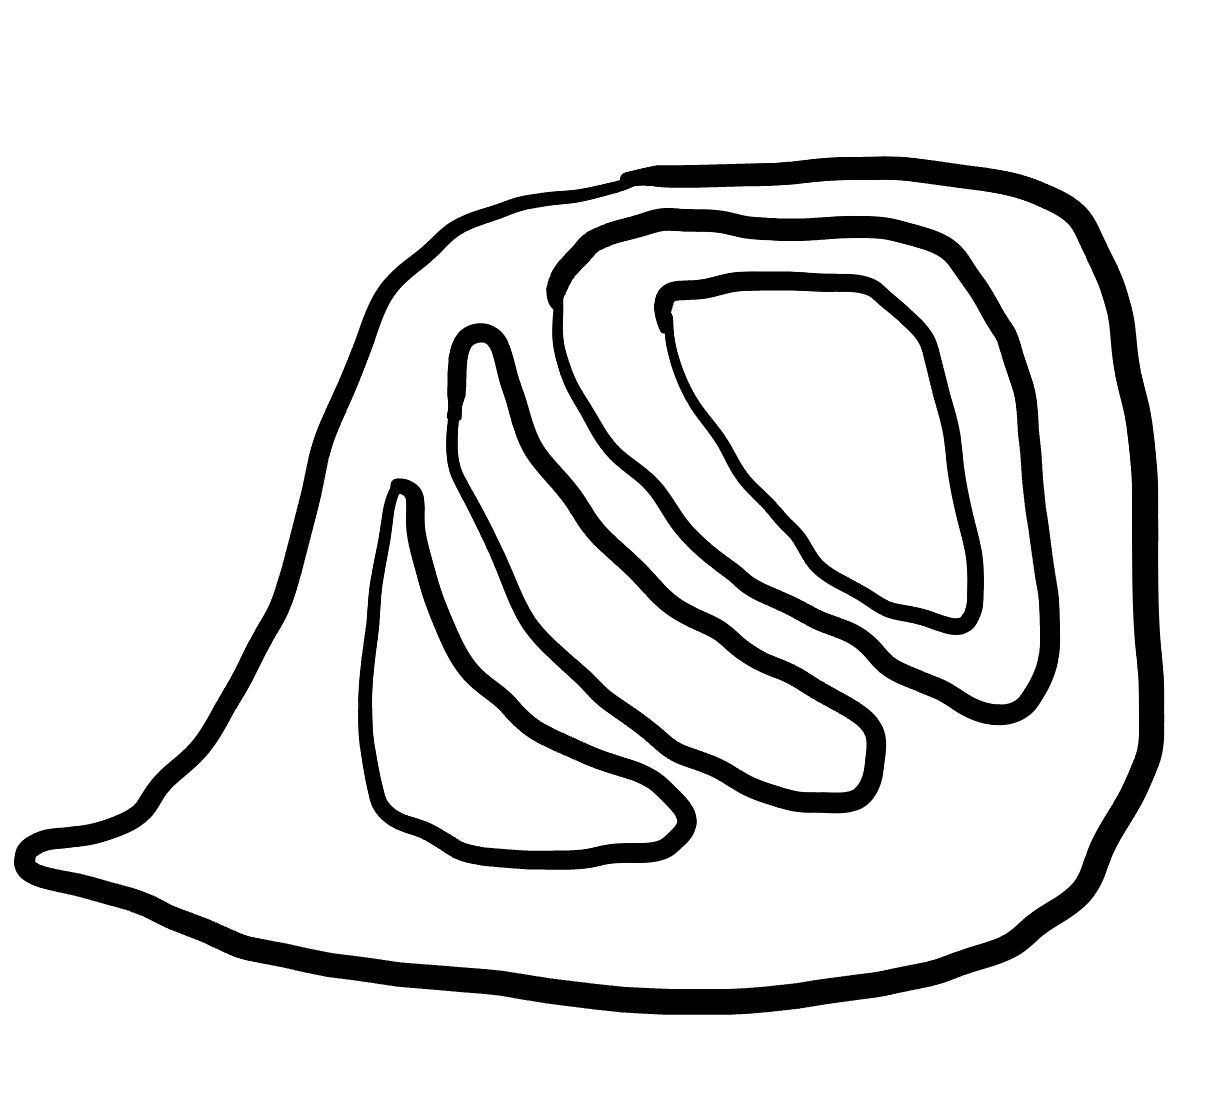
Number of regions (including the outer root region): 6
Containment tree edges (parent, child): 0, 1, 1, 2, 1, 3, 1, 4, 4, 5